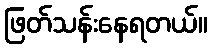
ဖြတ်သန်းနေရတယ်။